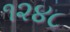
૧૨૪૮